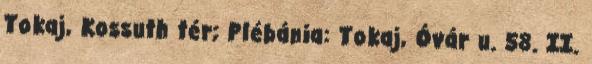
Tokaj, Kossuth tér; Plébánia: Tokaj, Óvár u. 58. II.